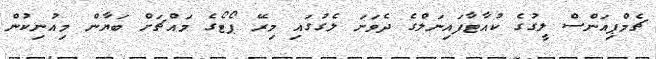
ޗެމްޕިއަންސް ލީގުގެ ކުއާޓާފައިނަލްގެ ދެވަނަ ލެގުގައި މިރޭ ޕޯޓޯގެ މައްޗަށް ބަޔާން މިއުނިކުން